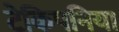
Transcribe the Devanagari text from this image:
टेकिपनिया